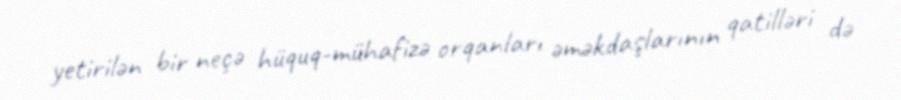
yetirilən bir neçə hüquq-mühafizə orqanları əməkdaşlarının qatilləri də